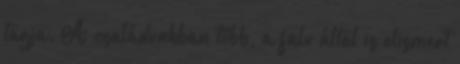
tagja. A családunkban több, a falu által is elismert